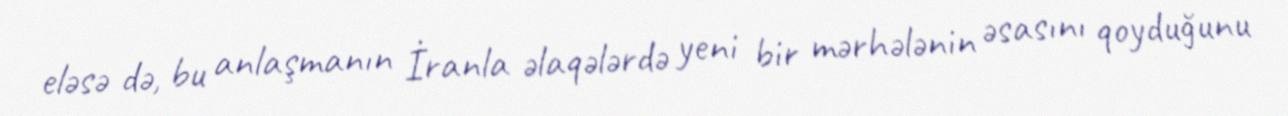
eləsə də, bu anlaşmanın İranla əlaqələrdə yeni bir mərhələnin əsasını qoyduğunu